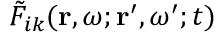
\tilde { F } _ { i k } ( \mathbf { r } , \omega ; \mathbf { r } ^ { \prime } , \omega ^ { \prime } ; t )